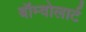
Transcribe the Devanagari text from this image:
बॉम्वोलार्ट